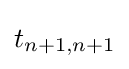
t_{n+1,n+1}